Calcutta medical institutions reports 1871-78
Year: 1871
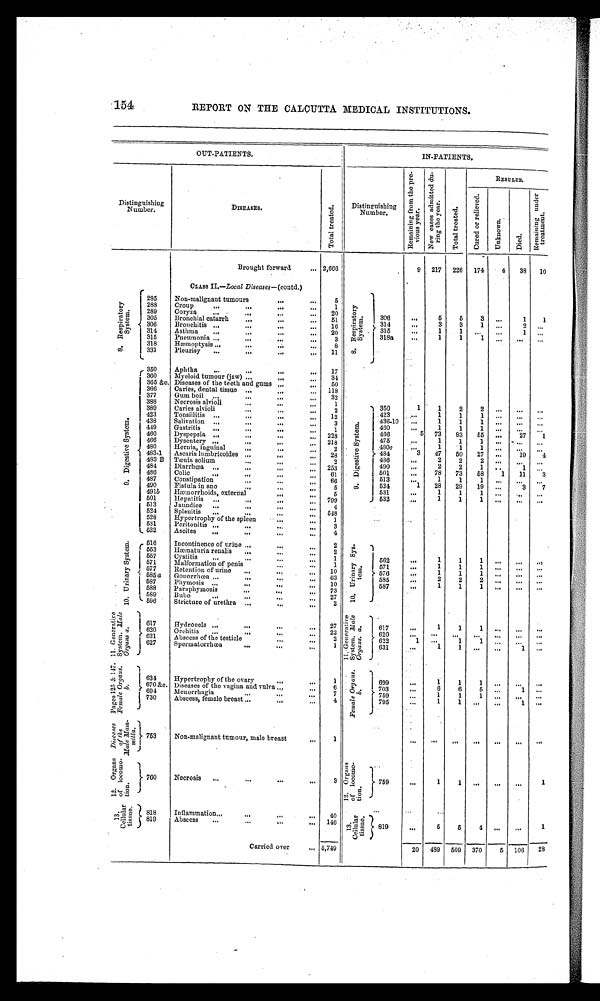
154
REPORT ON THE CALCUTTA MEDICAL INSTITUTIONS.
OUT-PATIENTS.
IN-PATIENTS.
Distinguishing
Number.
DISEASE.
To t a l t r e a t e d .
Distinguishing
Number.
R e m a i n i n g f r o m t h e p r e -
v i o u s y e a r .
N e w c a s e s a d m i t t e d d u - r i n g t h e r y e a r .
T o t a l t r e a t e d .
RESULTS.
C u r e d o r r e l i e v e d .
Un k n o wn .
Di e d.
R e m a i n i n g u n d e r
t r e a t me n t .
Brought forward
2,666
9 217 226 174
4
3 8 10
CLASS II.—Local .Diseases—(contd.)
8 . R e s p i r a t o r y
Syst em. 285
Non-malignant tumours
5
8 . R e s p i r a t o r y
Sys t em.
306
...
5
5
3
. . .
1
1
288
Croup
1
289
Coryza
20
305
Bronchial catarrh
5 1
314
...
3
3
1
...
2
. . .
306
Bronchitis
1 6
315
...
1
1 ...
. . .
1 ...
314
Asthma
20
318 a
...
1
1
1
. . .
. . .
. . .
315
Pneumonia
3
318
Hæmoptysis
8
331
Pleurisy
11
9 . D i g e s t i v e S y s t e m . 350
Aphtha
17
9 . D i g e s t i v e S y s t e m . 350
1
1
2
2
. . .
. . .
. . .
360
Myeloid tumour (jaw)
34
365 &c. Diseases of the teeth and gums
50
366
Caries, dental tissue
118
377
Gum boil
32
388
Necrosis alvioli
1
389
Caries alvioli
2
423
Tonsillitis
12
423
...
1
1
1 . . . ...
...
438
Salivation
3
436-10
...
1
1
1
. . .
. . .
. . .
449
Gastritis
1
460
...
1
1
1
. . . . . .
. . .
460
Dyspepsia
228
466
5
7 3
8 3
5 5 . . .
2 7
1
466
Dysentery
218
475
...
1
1
1
. . .
. . .
. . .
480
Hernia, inguinal
2
4 8 0 c
...
1
1
1 ...
. . .
. . .
483-1 Ascaris lumbricoides
2 8
484
3
4 7
5 0
2 7
. . .
1 9
4
483 B Tænia solium
2
486
...
2
2
2
. . .
. . . ...
484
Diarrhœa
2 5 3
490
...
2
2
1
. . .
1
. . .
486
Colic
6 1
501
...
7 8
7 3
5 8
1
1 1
3
487
Constipation
66
513
...
1
1
1
. . . . . .
. . .
490
Fistula in ano
5
524
1
2 8
2 9
1 9 . . .
3
7
491 b
Hænorrhoids, external
5
531
...
1
1
1
. . .
. . .
. . .
501
Hepatitis
799
532
...
1
1
1
. . .
...
...
513
Jaundice
4
524
Splenitis
548
528
Hypertrophy of the spleen
1
531
Peritonitis
3
532
Ascites
4
1 0 . U r i n a r y S y s t e m .
516
Incontinence of urine
2
10. Uri nary Syst em.
562
...
1
1
1
. . .
. . .
. . .
553
Hæmaturia renalis
2
557
Cystitis
1
571
Malformation of penis
1
571
...
1
1
1
. . .
. . .
. . .
577
Retention of urine
10
576
...
1
1
1
. . .
. . .
. . .
585 a Gonorrhœa
6 3
585
...
2
2
2
. . .
. . .
. . .
587
Phymosis
10
587
...
1
1
1 ...
. . .
. . .
588
Paraphymosis
73
589
Bubo
27
596
Stricture of urethra
2
11. Generat i ve
s y s t e m. Ma l e o r g a n s . a .
I617
Hydrocele
27
1 1 . G e n e r a t i v e
s y s t e m . M a l e o r g a n s . a .
617
...
1
1
1
. . .
. . .
. . .
620
Orchitis
22
620
...
. . .
. . .
. . .
. . .
. . .
. . .
621
Abscess of the testicle
2
622
1
. . . 1
1 ...
...
...
627
Spermatorrhœa
1
631
...
1
1
. . .
. . .
1
. . .
P a g e s 1 2 5 & 1 4 7 . F e ma l e O r g a n s .
b.
634
Hypertrophy of the ovary
1
Female Organs.
b.
699
...
1
1
1
. . .
. . . ...
670 &c. Diseases of the vagina and vulva
6
703
...
6
6
5 ...
1 ...
694
Menorrhagia
7
759
...
1
1
1
. . .
...
. . .
730
Abscess, female breast
4
795
...
1
1
. . .
. . .
1 ...
Diseases
of the
Male Mam-
milla
753
Non-malignant tumour, male breast
1
...
. . .
. . .
. . .
. . .
. . .
. . .
1 2 . O r g a n s o f l o c o m o -
tion.
760
Necrosis
3
12. Organs
of locomo-
tion.
759
...
1
1
. . .
. . .
. . .
1
13. Cel l ul ar
t i ssue. 818
Inflammation
40
13. Cellular tissue.
819
...
5
5
4
. . .
. . . 1
819
Abscess
146
Carried over
5,749
20 489 509 370
5 106
28